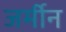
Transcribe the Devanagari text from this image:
जर्मीन